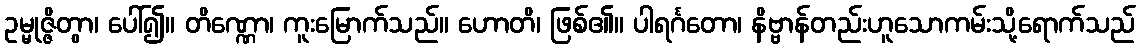
ဥမ္မုဇ္ဇိတွာ၊ ပေါ်၍။ တိဏ္ဏော၊ ကူးမြောက်သည်။ ဟောတိ၊ ဖြစ်၏။ ပါရင်္ဂတော၊ နိဗ္ဗာန်တည်းဟူသောကမ်းသို့ရောက်သည်